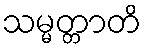
သမ္မတ္တာတိ